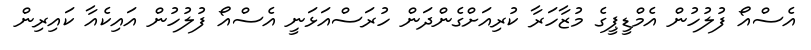
އެސްއޯ ފުލުހުން އެމްޑީޕީގެ މުޒާހަރާ ކުރިއަށްގެންދަން ހުރަސްއަޅަނީ އެސްއޯ ފުލުހުން އައިކެއާ ކައިރިން